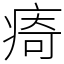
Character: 㾨